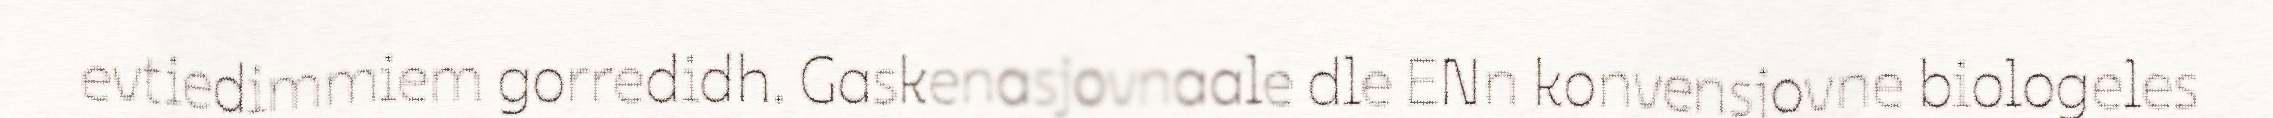
evtiedimmiem gorredidh. Gaskenasjovnaale dle ENn konvensjovne biologeles